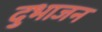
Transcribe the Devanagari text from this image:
दुभाजन